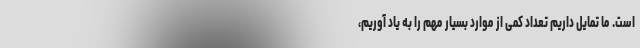
است. ما تمایل داریم تعداد کمی از موارد بسیار مهم را به یاد آوریم،